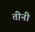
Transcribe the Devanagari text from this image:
तीनी